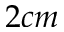
2 c m